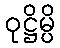
ဝုဋ္ဌိမ္ပိ